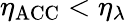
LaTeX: \eta_{\mathrm{ACC}}<\eta_{\lambda}